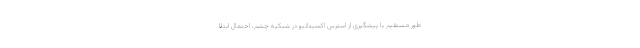
طور مستقیم با پیشگیری از استرس اکسیداتیو در شبکیه چشم، احتمال ابتلا